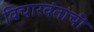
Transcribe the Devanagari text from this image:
विचारवंताची